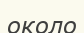
около